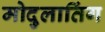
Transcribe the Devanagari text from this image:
मोदुलातिंग